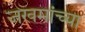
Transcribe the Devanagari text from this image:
जखमांच्या